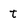
Character: t